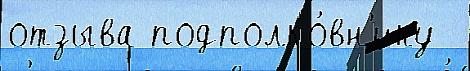
отзыва подполко́вн'ику